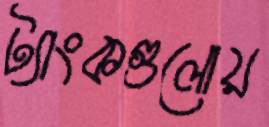
ট্যাংকগুলোয়